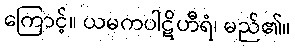
ကြောင့်။ ယမကပါဋိဟီရံ၊ မည်၏။